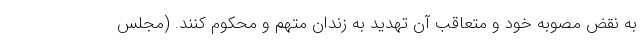
به نقض مصوبه خود و متعاقب آن تهدید به زندان متهم و محکوم کنند. (مجلس